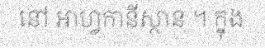
នៅ អាហ្វកានីស្ថាន ។ ក្នុង